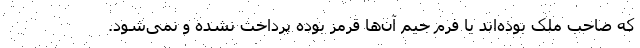
که صاحب ملک بوده‌اند یا فرم جیم آن‌ها قرمز بوده پرداخت نشده و نمی‌شود.